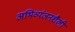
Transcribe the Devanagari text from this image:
अभिव्यंजनशैली